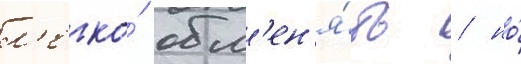
л'егко́ обм'ен'я́ть / но́